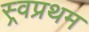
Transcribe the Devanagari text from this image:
स्र्वप्रथम